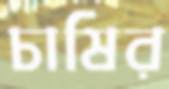
চাষির